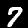
Label: 7